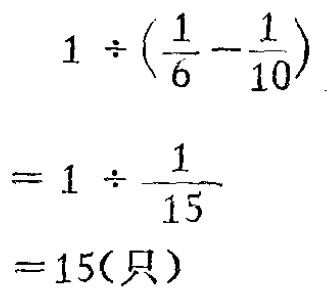
\[

\begin{align*}

&1\div(\frac{1}{6}-\frac{1}{10})\\

=&1\div\frac{1}{15}\\

=&15(\text{只})

\end{align*}

\]